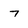
Character: 7